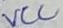
Text: VCC